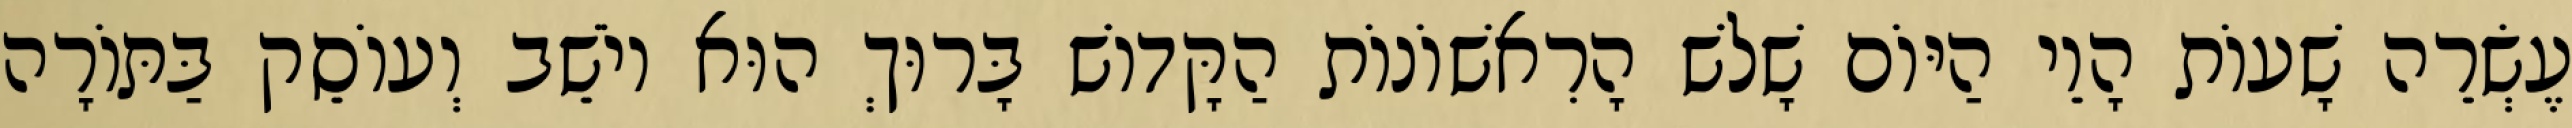
עֶשְׂרֵה שָׁעוֹת הָוֵי הַיּוֹם שָׁלֹשׁ הָרִאשׁוֹנוֹת הַקָּדוֹשׁ בָּרוּךְ הוּא יוֹשֵׁב וְעוֹסֵק בַּתּוֹרָה